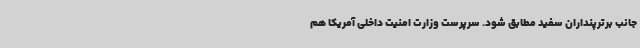
جانب برترپنداران سفید مطابق شود. سرپرست وزارت امنیت داخلی آمریکا هم